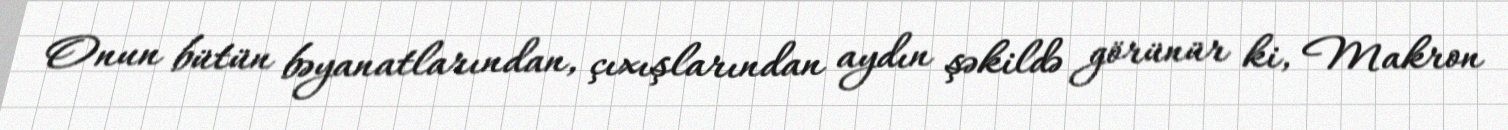
Onun bütün bəyanatlarından, çıxışlarından aydın şəkildə görünür ki, Makron